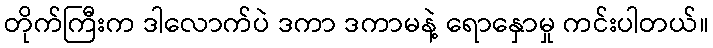
တိုက်ကြီးက ဒါလောက်ပဲ ဒကာ ဒကာမနဲ့ ရောနှောမှု ကင်းပါတယ်။